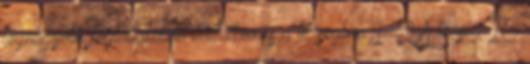
legnagyobb foglalkoztató vállalkozás a térségben 1 2 A térség 10